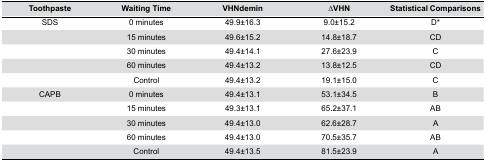
<table><thead><tr><td><b>Toothpaste</b></td><td><b>Waiting Time</b></td><td><b>VHNdemin</b></td><td><b>∆VHN</b></td><td><b>Statistical Comparisons</b></td></tr></thead><tbody><tr><td>SDS</td><td>0 minutes</td><td>49.9±16.3</td><td>9.0±15.2</td><td>D*</td></tr><tr><td></td><td>15 minutes</td><td>49.6±15.2</td><td>14.8±18.7</td><td>CD</td></tr><tr><td></td><td>30 minutes</td><td>49.4±14.1</td><td>27.6±23.9</td><td>C</td></tr><tr><td></td><td>60 minutes</td><td>49.4±13.2</td><td>13.8±12.5</td><td>CD</td></tr><tr><td></td><td>Control</td><td>49.4±13.2</td><td>19.1±15.0</td><td>C</td></tr><tr><td>CAPB</td><td>0 minutes</td><td>49.4±13.1</td><td>53.1±34.5</td><td>B</td></tr><tr><td></td><td>15 minutes</td><td>49.3±13.1</td><td>65.2±37.1</td><td>AB</td></tr><tr><td></td><td>30 minutes</td><td>49.4±13.0</td><td>62.6±28.7</td><td>A</td></tr><tr><td></td><td>60 minutes</td><td>49.4±13.0</td><td>70.5±35.7</td><td>AB</td></tr><tr><td></td><td>Control</td><td>49.4±13.5</td><td>81.5±23.9</td><td>A</td></tr></tbody></table>